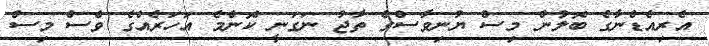
އެރިއެޑްނާގެ ބޮލުން މިސް ޔުނިވާސްގެ ތާޖު ނަގަނީ ކޮންމެ އަހަރެއްގެ ވެސް މިސް